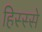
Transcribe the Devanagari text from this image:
हिस्‍स्‍से